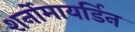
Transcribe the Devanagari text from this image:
शर्नोमायर्डिन